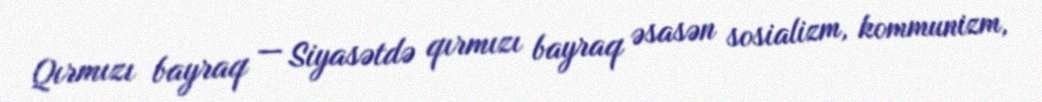
Qırmızı bayraq — Siyasətdə qırmızı bayraq əsasən sosializm, kommunizm,